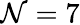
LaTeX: \mathcal{N}=7